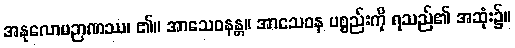
အနုလောမဉာဏဿ၊ ၏။ အာသေဝနန္တ။ အာသေဝန ပစ္စည်းကို ရသည်၏ အဆုံး၌။